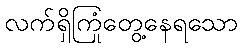
လက်ရှိကြုံတွေ့နေရသော